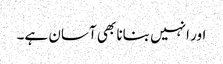
اور انہیں بنانا بھی آسان ہے۔